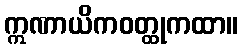
ဣဏာယိကဝတ္ထုကထာ။